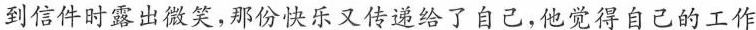
到信件时露出微笑，那份快乐又传递给了自己，他觉得自己的工作